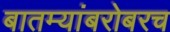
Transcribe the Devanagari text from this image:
बातम्यांबरोबरच